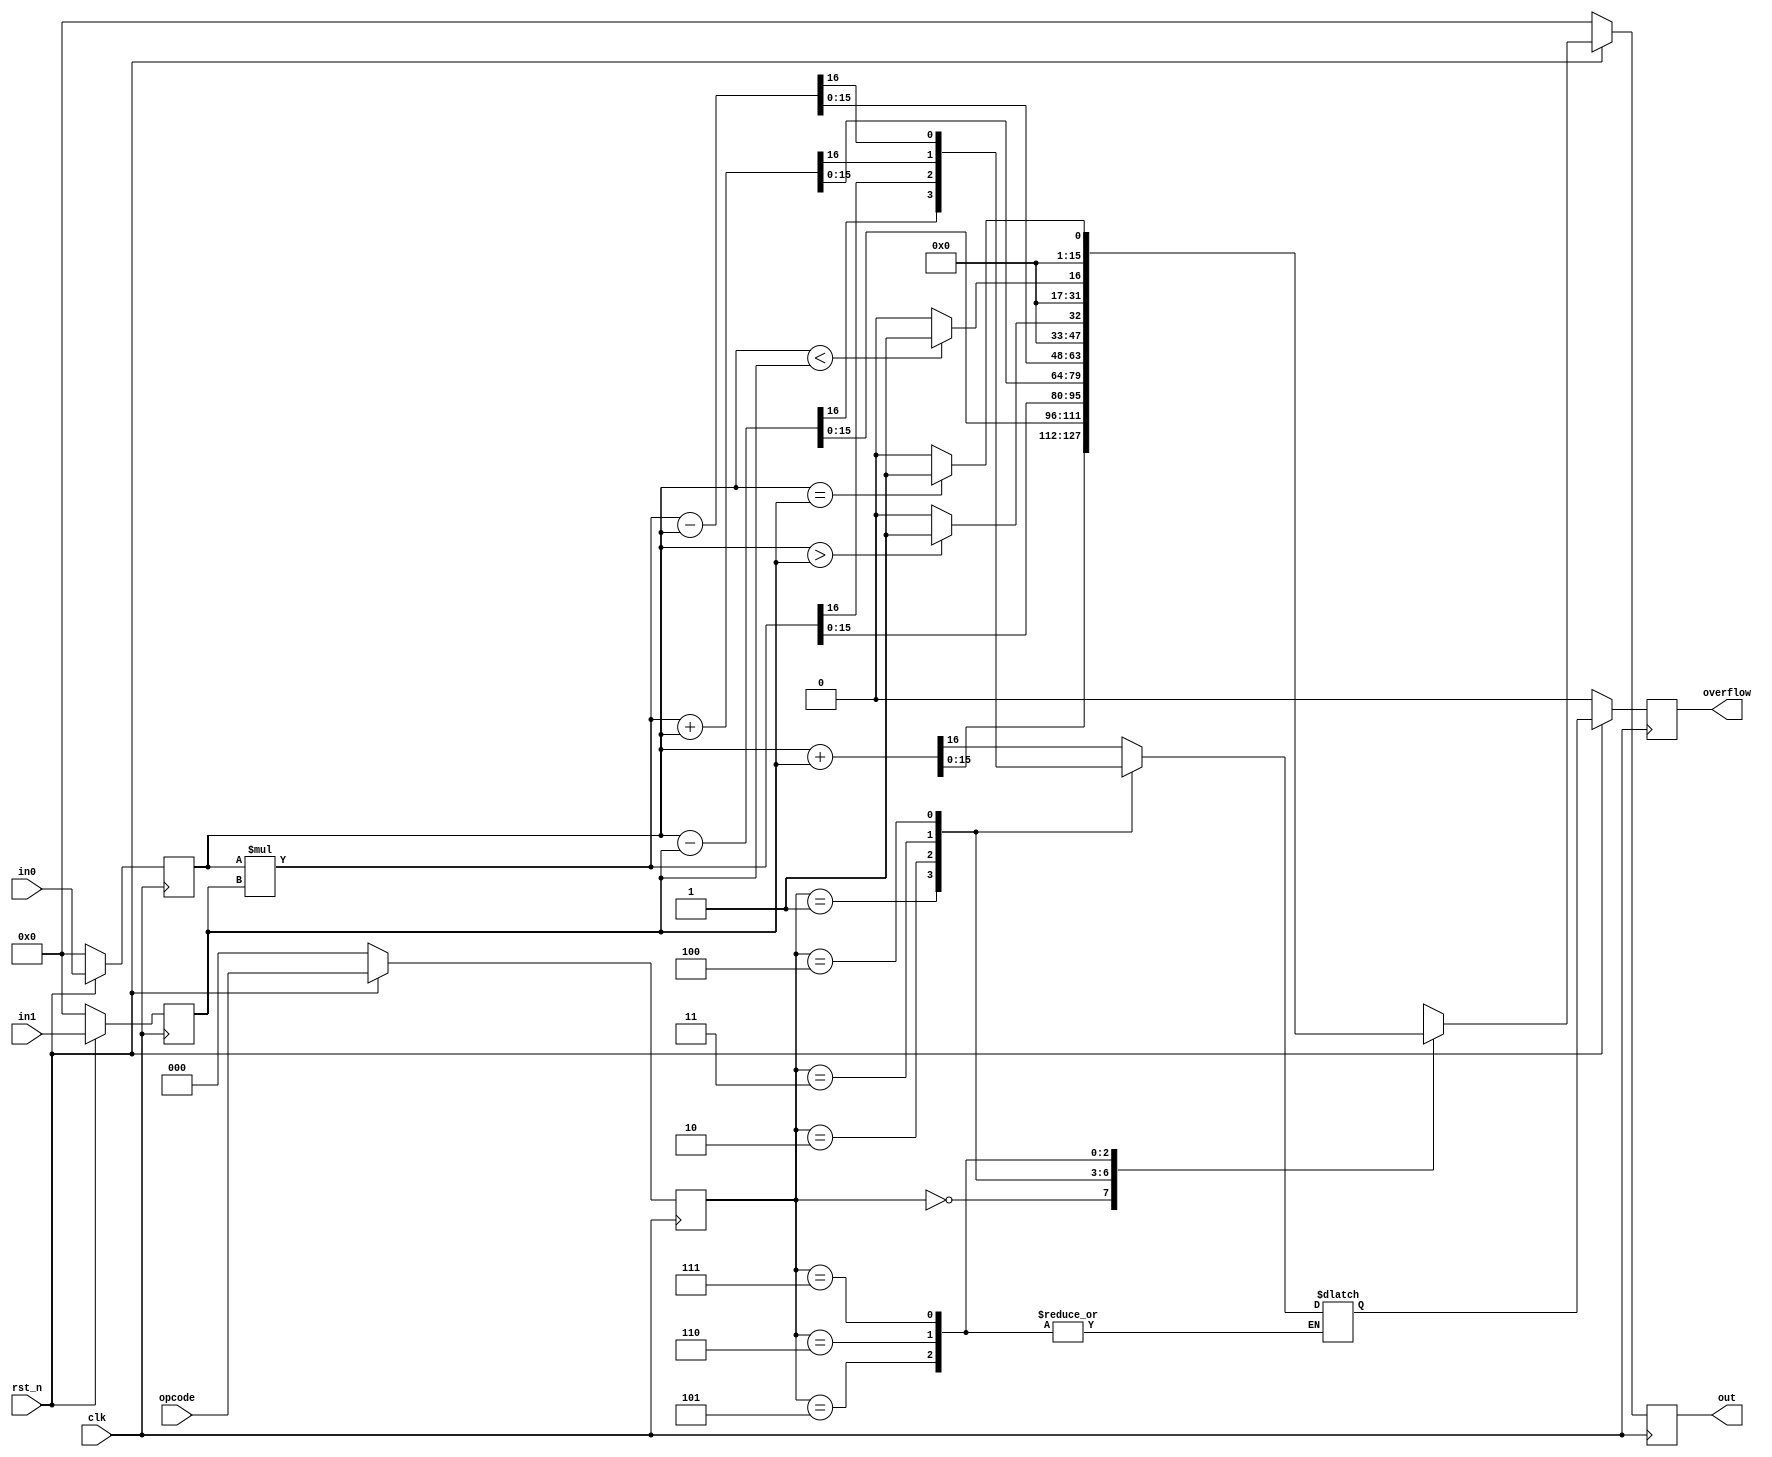
`timescale 1ns/1ps
`default_nettype none

module alu #(
    parameter WIDTH = 16
) (
    input   wire                clk, rst_n,     // Active low reset
    input   wire [WIDTH-1:0]    in0, in1,
    input   wire [2:0]          opcode,
    output  reg  [WIDTH-1:0]    out,
    output  reg  overflow
);
    reg     [WIDTH-1:0] reg_in0, reg_in1;  // Registers to store input
    reg     [2:0]       reg_opcode;
    reg     [WIDTH-1:0] wire_out;
    reg                 wire_overflow;
    
    // Input Registers
    always @(posedge clk) begin                 // Sync reset
        if (~rst_n) begin
            reg_in0 <= 'd0;
            reg_in1 <= 'd0;
            reg_opcode <= 3'd0;

        end else begin
            reg_in0 <= in0;
            reg_in1 <= in1;
            reg_opcode <= opcode;
        end
    end

    always @(*) begin
        case (reg_opcode)
            3'b000: {wire_overflow, wire_out} = reg_in0 + reg_in1;              // Sum
            3'b001: {wire_overflow, wire_out} = reg_in0 - reg_in1;              // Subtraction
            3'b010: {wire_overflow, wire_out} = reg_in0 * reg_in1;              // Multiplication
            3'b011: {wire_overflow, wire_out} = reg_in0 * reg_in1 + reg_in0;    // MAC operation
            3'b100: {wire_overflow, wire_out} = reg_in0 * reg_in1 - reg_in0;    // Multiply and subtract
            3'b101: wire_out = reg_in0 > reg_in1 ? 'd1 : 'd0;                   // Greater
            3'b110: wire_out = reg_in0 < reg_in1 ? 'd1 : 'd0;                   // Smaller
            3'b111: wire_out = reg_in0 == reg_in1 ? 'd1 : 'd0;                  // Equal
            
            default: wire_overflow = 1'b0;
        endcase
    end

    always @(posedge clk) begin                 // Sync reset
        if (~rst_n) begin
            overflow <= 1'b0;
            out <= 'd0;
        end else begin
            overflow <= wire_overflow;
            out <= wire_out;
        end
    end
    
endmodule